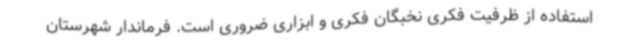
استفاده از ظرفیت فکری نخبگان فکری و ابزاری ضروری است. فرماندار شهرستان